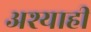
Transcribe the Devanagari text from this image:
अश्याही